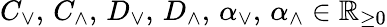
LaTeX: C_{\vee},\, C_{\wedge},\, D_{\vee},\, D_{\wedge},\, \alpha_{\vee},\, \alpha_{\wedge}\in\mathbb{R}_{\ge 0}